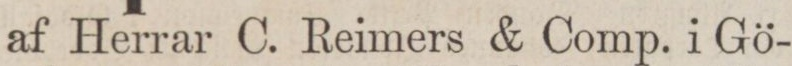
af Herrar C. Reimers & Comp. i Gö-